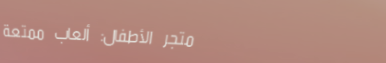
متجر الأطفال: ألعاب ممتعة